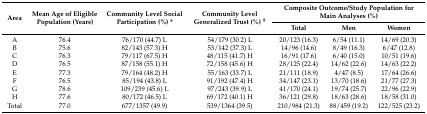
| <ROWSPAN=2> Area | <ROWSPAN=2> Mean Age of Eligible Population (Years) | <ROWSPAN=2> Community Level Social Participation (%) * | <ROWSPAN=2> Community Level Generalized Trust (%) † | <COLSPAN=3> Composite Outcome/Study Population for Main Analyses (%) |
 | Total | Men | Women |
 | --- | --- | --- | --- | --- | --- | --- |
 | A | 76.4 | 76/170 (44.7) L | 54/179 (30.2) L | 20/123 (16.3) | 6/54 (11.1) | 14/69 (20.3) |
 | B | 75.6 | 82/143 (57.3) H | 53/142 (37.3) L | 14/96 (14.6) | 8/49 (16.3) | 6/47 (12.8) |
 | C | 76.3 | 79/117 (67.5) H | 48/115 (41.7) H | 16/91 (17.6) | 6/40 (15.0) | 10/51 (19.6) |
 | D | 76.5 | 87/158 (55.1) H | 72/158 (45.6) H | 28/125 (22.4) | 14/62 (22.6) | 14/63 (22.2) |
 | E | 77.3 | 79/164 (48.2) H | 55/163 (33.7) L | 21/111 (18.9) | 4/47 (8.5) | 17/64 (26.6) |
 | F | 76.5 | 85/194 (43.8) L | 91/192 (47.4) H | 34/147 (23.1) | 13/70 (18.6) | 21/77 (27.3) |
 | G | 78.6 | 109/239 (45.6) L | 97/243 (39.9) L | 41/170 (24.1) | 19/74 (25.7) | 22/96 (22.9) |
 | H | 77.6 | 80/172 (46.5) L | 69/172 (40.1) H | 36/121 (29.8) | 18/63 (28.6) | 18/58 (31.0) |
 | Total | 77.0 | 677/1357 (49.9) | 539/1364 (39.5) | 210/984 (21.3) | 88/459 (19.2) | 122/525 (23.2) |